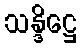
သန္ဒိဋ္ဌေ